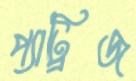
প্যাট্রিজ